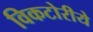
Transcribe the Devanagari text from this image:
विकटोरीये